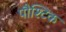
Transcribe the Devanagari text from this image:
पौश्टिक